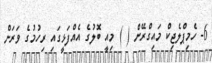
6- ހެމިޕްލެޖިކް މައިގްރޭން ( ) މިއީ ބޮލުގެ އެއްފަޅީގައި ރިހުމުގެ ވަރަށް